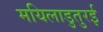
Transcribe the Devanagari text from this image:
मयिलाडुतुरई